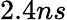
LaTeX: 2.4ns